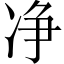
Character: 净